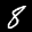
Label: 8